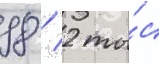
98 / 2 ты́с